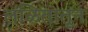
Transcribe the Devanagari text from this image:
लळितातून